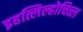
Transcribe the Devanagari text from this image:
इहत्लिल्होचित्ल